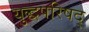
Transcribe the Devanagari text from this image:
युद्धपरिषद्